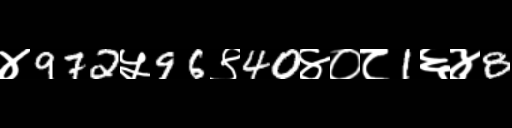
Text: ४972५96९40४०८1६४8